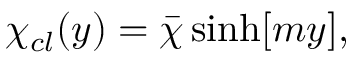
\chi _ { c l } ( y ) = \bar { \chi } \, \mathrm { s i n h } [ m y ] ,